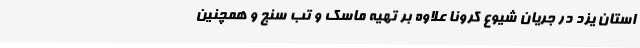
استان یزد در جریان شیوع کرونا علاوه بر تهیه ماسک و تب سنج و همچنین